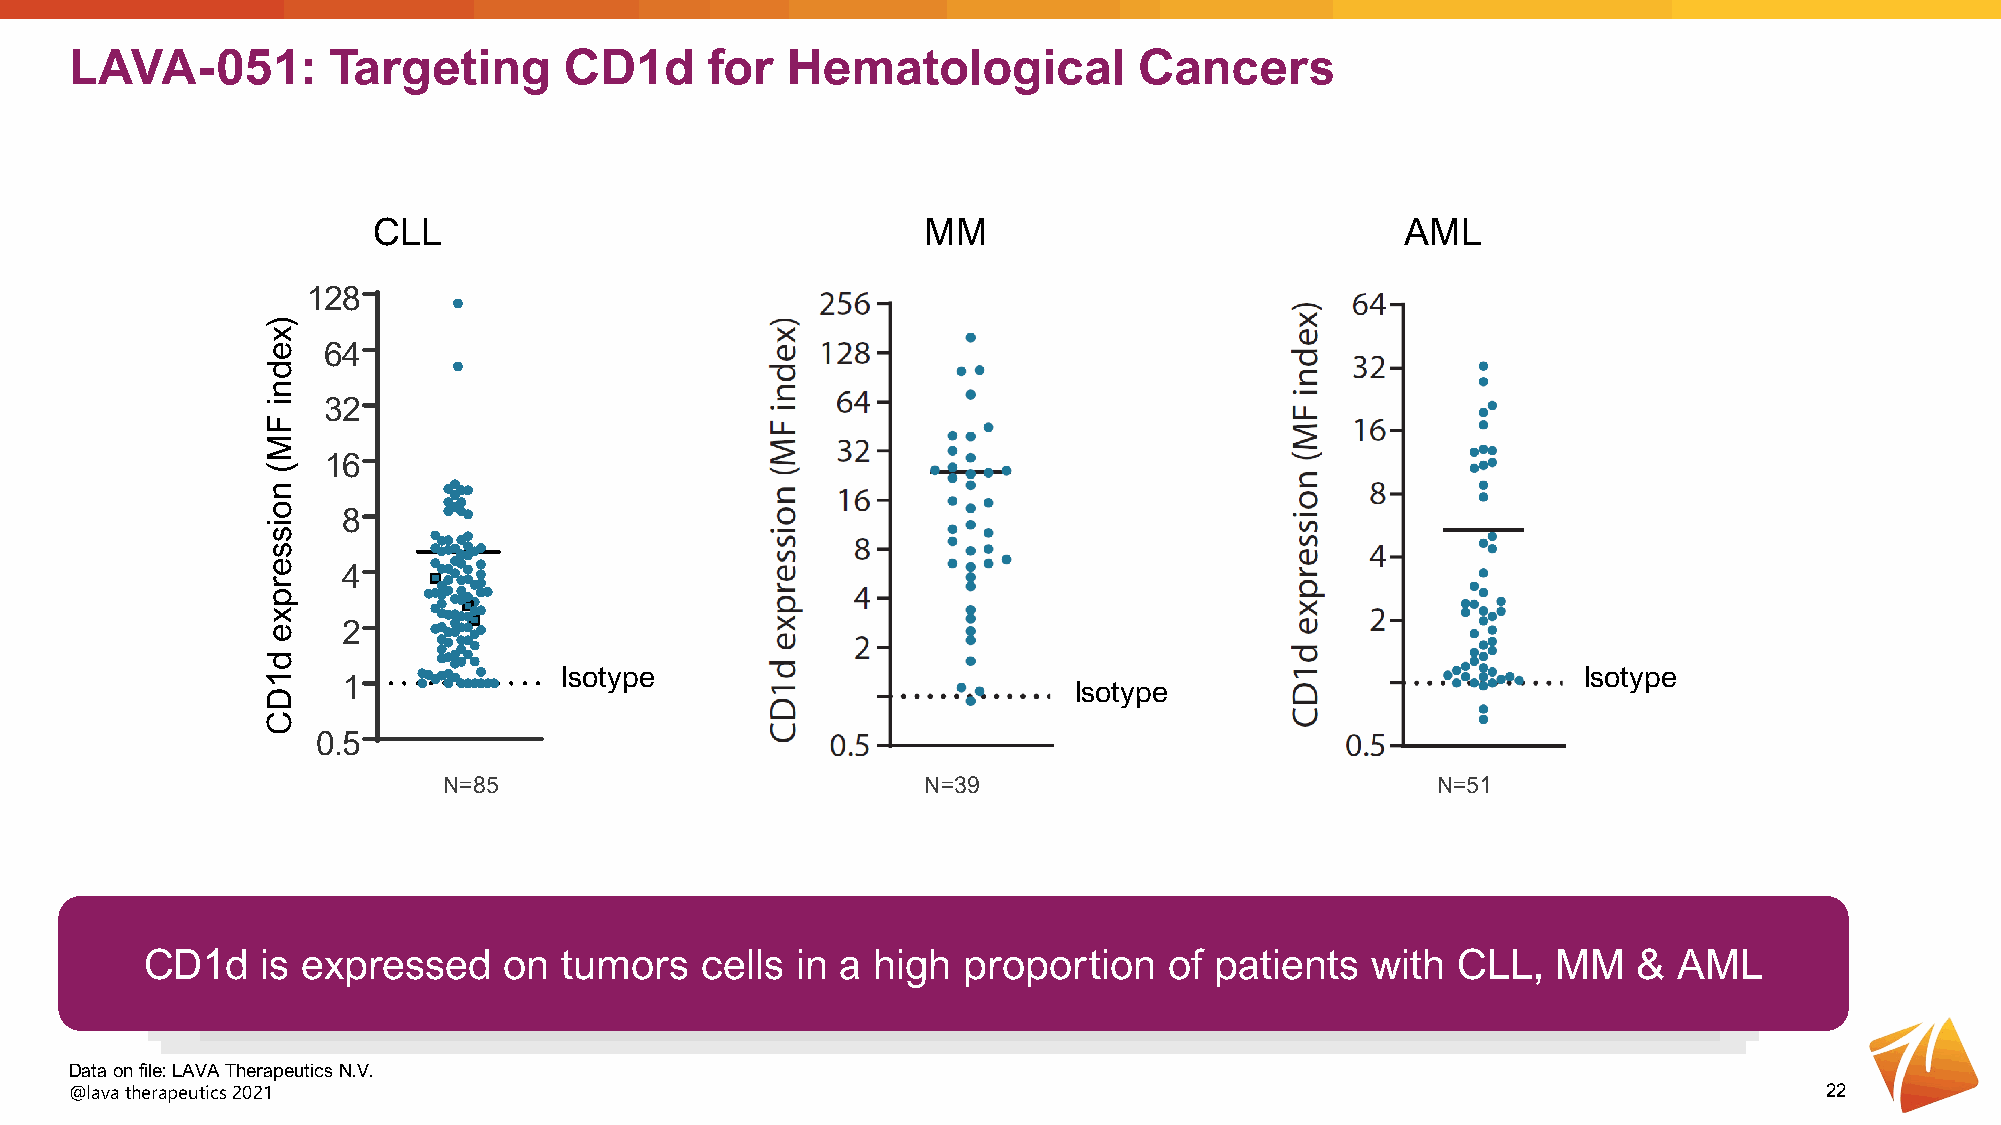
LAVA-051:        Targeting      CD1d      for  Hematological          Cancers
 CLL                                 MM                              AML
 128
 64
 32
 16
 8
 4
 2
 Isotype                                                             Isotype
 1                                               Isotype
 0.5
 N=85                            N=39                              N=51
 CD1d   is expressed    on  tumors   cells  in a high  proportion   of patients   with CLL,   MM   &  AML
 Data on file: LAVA Therapeutics N.V.
 @lava therapeutics 2021                                                                                             22
 )xedni
 FM(
 noisserpxe
 d1DC